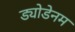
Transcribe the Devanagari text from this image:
ड्योडेनम